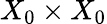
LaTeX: X_{0}\times X_{0}